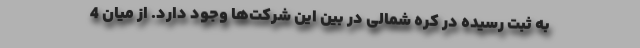
به ثبت رسیده در کره شمالی در بین این شرکت‌ها وجود دارد. از میان 4